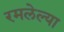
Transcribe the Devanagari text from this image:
रमलेल्या